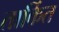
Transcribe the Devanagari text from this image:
तार्कित